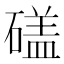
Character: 𥕤